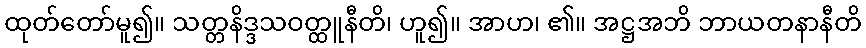
ထုတ်တော်မူ၍။ သတ္တနိဒ္ဒသဝတ္ထူနီတိ၊ ဟူ၍။ အာဟ၊ ၏။ အဋ္ဌအဘိ ဘာယတနာနီတိ